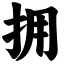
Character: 拥